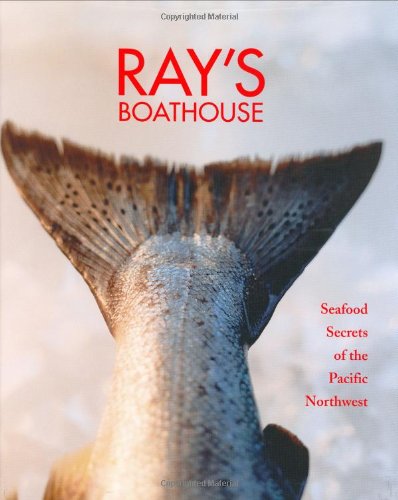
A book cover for Ray's Boathouse: Seafood Secrets of the Pacific Northwest; Danyel Smith; Cookbooks, Food & Wine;